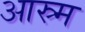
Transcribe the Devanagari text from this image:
आस्र्म